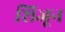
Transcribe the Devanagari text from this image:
शिजून